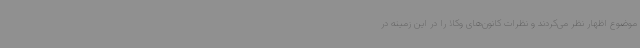
موضوع اظهار نظر می‌کردند و نظرات کانون‌های وکلا را در این زمینه در